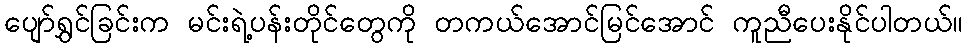
ပျော်ရွှင်ခြင်းက မင်းရဲ့ပန်းတိုင်တွေကို တကယ်အောင်မြင်အောင် ကူညီပေးနိုင်ပါတယ်။